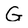
Character: G